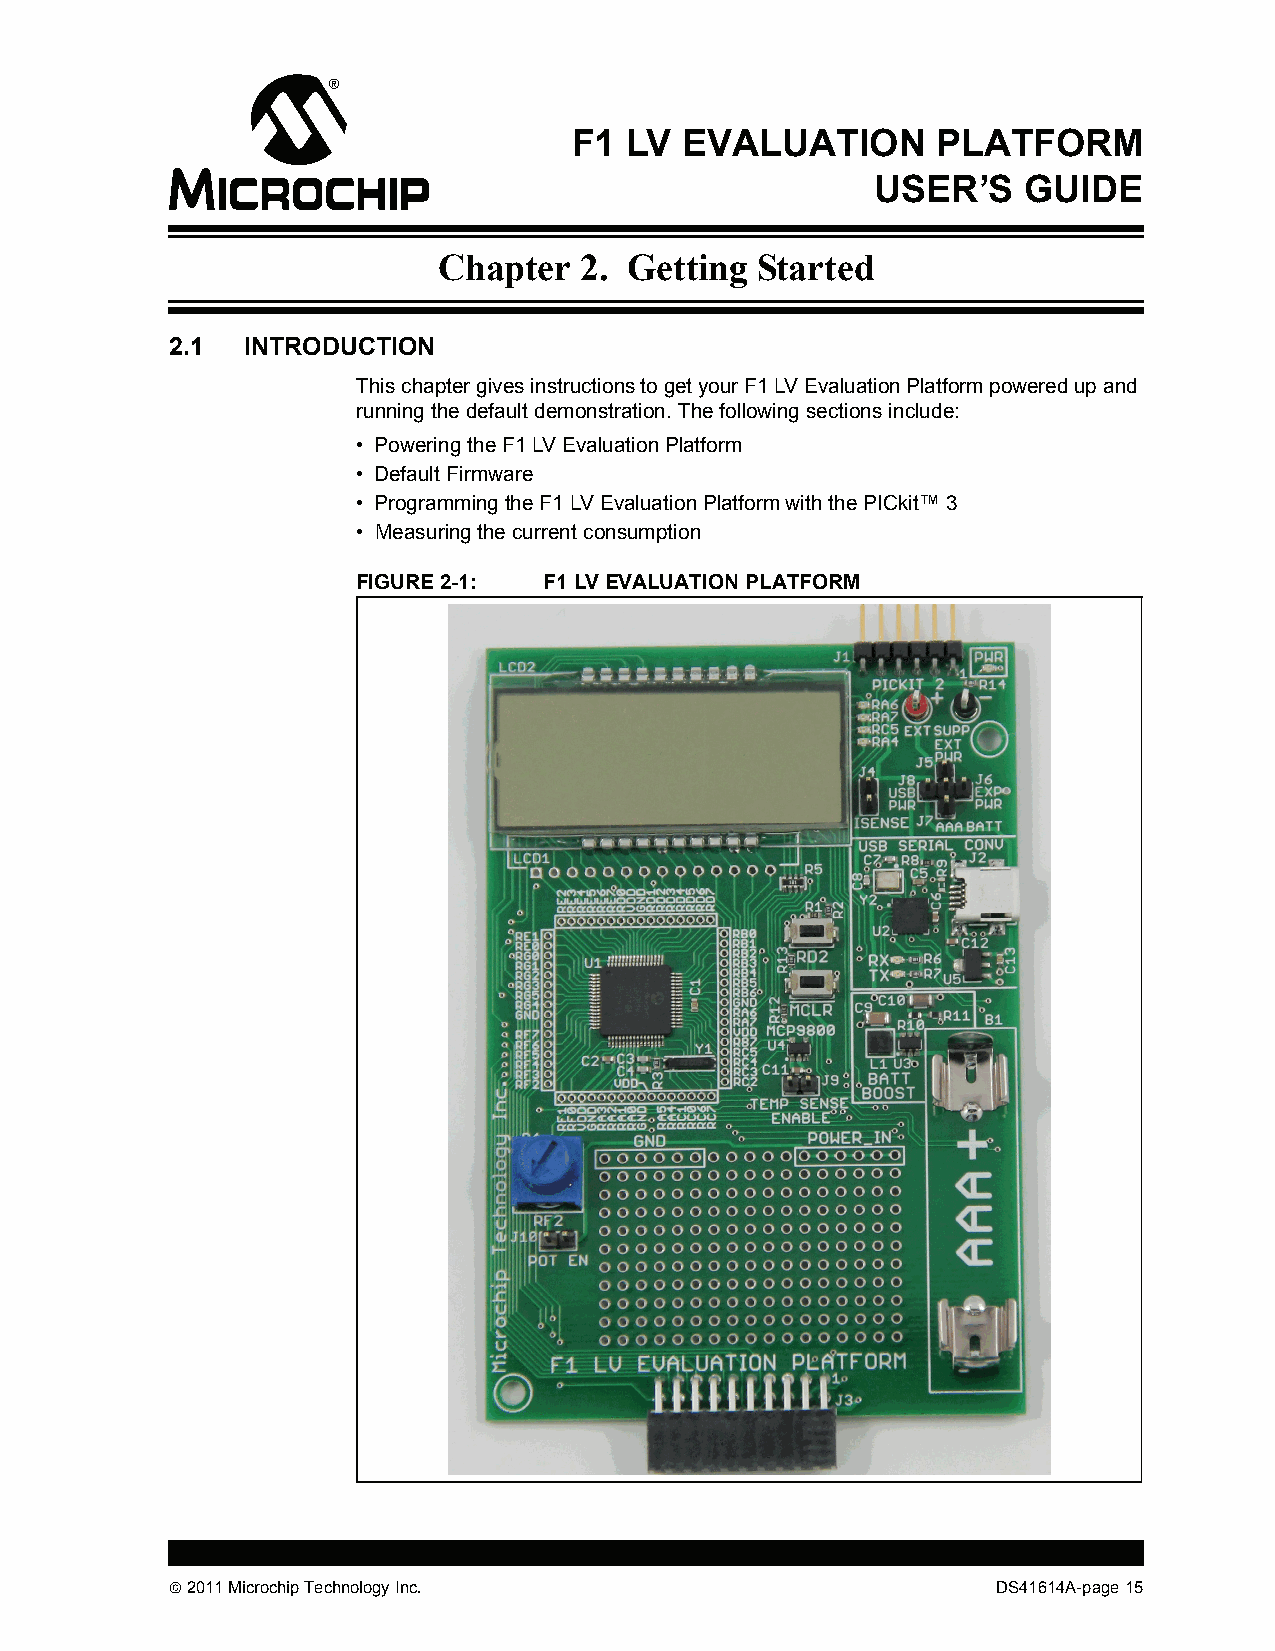
F1 LV  EVALUATION       PLATFORM
 USER’S    GUIDE
 Chapter  2.  Getting Started
 2.1  INTRODUCTION
 This chapter gives instructions to get your F1 LV Evaluation Platform powered up and
 running the default demonstration. The following sections include:
 • Powering the F1 LV Evaluation Platform
 • Default Firmware
 • Programming the F1 LV Evaluation Platform with the PICkit™ 3
 • Measuring the current consumption
 FIGURE 2-1: F1 LV EVALUATION PLATFORM
  2011 Microchip Technology Inc.                       DS41614A-page 15